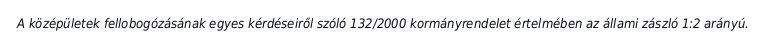
A középületek fellobogózásának egyes kérdéseiről szóló 132/2000 kormányrendelet értelmében az állami zászló 1:2 arányú.